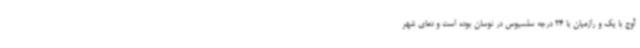
آوج با یک و رازمیان با 24 درجه سلسیوس در نوسان بوده است و دمای شهر